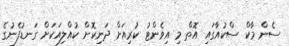
ސެން މާކް ސްކުއާގައި އޮތް މި އިވެންޓު ކުރިއަށް ދަނިކޮށް ކުއްލިއަކަށް ގަނޑުފެނުގެ